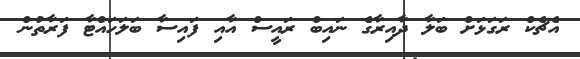
އެޗެކް ރަގަޅަށް ބަލާ ދާއިރާގެ ނައިބް ރައީސް އާއި ފައިސާ ބަލަހައްޓާ ފަރާތުން